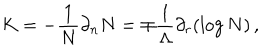
K = - \frac { 1 } { N } \partial _ { n } N = \mp \frac { 1 } { \Lambda } \partial _ { r } ( \log N ) \, ,